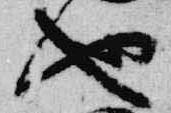
也